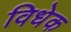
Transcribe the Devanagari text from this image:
विधेक